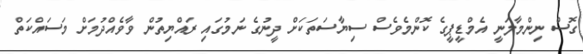
ގޮސް ނިންމާލަނީ އެމްޑީޕީގެ ކޮންމެވެސް ސިޔާސަތަކަށް ދީނުގެ ނަމުގައި ރައްޔިތުން ވާވެއްދުމަށް މަސައްކަތް